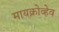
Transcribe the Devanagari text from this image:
मायक्रोव्हेव